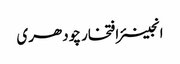
انجینئر افتخار چودھری